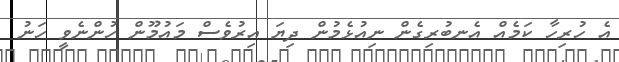
އެ ހުރިހާ ކަމެއް އެނބުރިގެން ނިއުޅެމުން ދިޔަ އިރުވެސް މައުމޫން ހުންނެވީ ހަނު